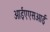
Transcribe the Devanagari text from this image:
आईएएसआई